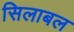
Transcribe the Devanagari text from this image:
सिलाबल